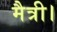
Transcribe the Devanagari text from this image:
मैत्री।